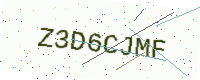
Text: Z3D6CJMF